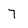
Character: 7